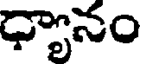
ధ్యానం